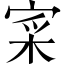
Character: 寀